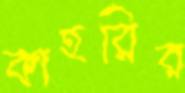
কাহরির